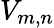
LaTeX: V_{m,n}